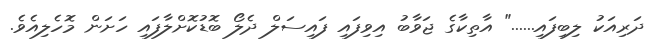
ދަރިއަކު ލިބިފައި......" އާތިކާގެ ޖަވާބު އިވިފައި ފައިސަލް ދެލޯ ބޮޑުކޮށްލާފައި ހަށަން މޮހެލިއެވެ.